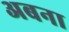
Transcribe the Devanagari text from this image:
अबना